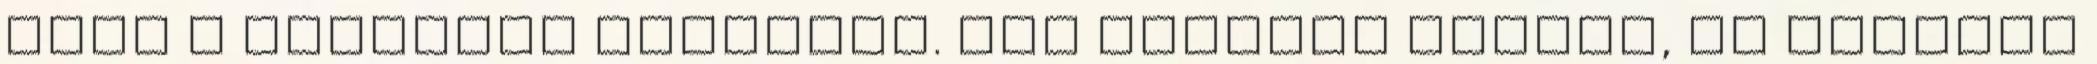
hogy a karjaiba rohanjak. Meg akarlak védeni, de ennyire